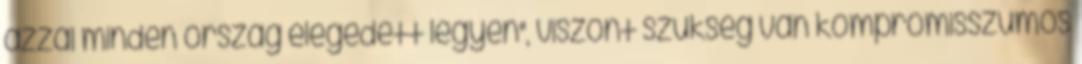
azzal minden ország elégedett legyen", viszont szükség van kompromisszumos